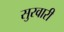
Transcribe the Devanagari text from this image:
सुरवारी